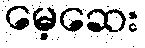
မေ့ဆေး